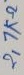
Text: 2,7KΩ